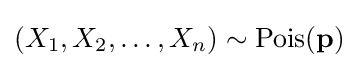
(X_{1},X_{2},\dots ,X_{n})\sim \operatorname {Pois} (\mathbf {p} )